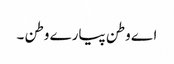
اے وطن پیارے وطن ۔